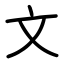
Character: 文